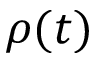
\rho ( t )